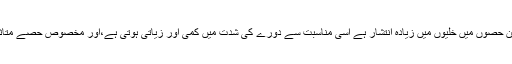
دماغ کے جن حصوں میں خلیوں میں زیادہ انتشار ہے اسی مناسبت سے دورے کی شدت میں کمی اور زیاتی ہوتی ہے،اور مخصوص حصے متاثر ہوتے ہیں۔